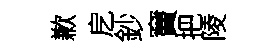
歉戹鈔竇把陵